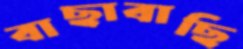
বাছাবাছি